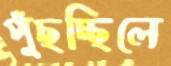
পুঁছচ্ছিলে